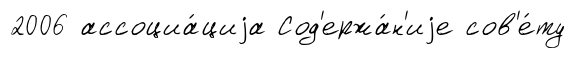
2006 ассоциа́циjа Сод'ержа́н'иjе сов'е́ту